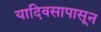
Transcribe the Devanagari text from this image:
यादिवसापासून